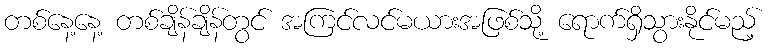
တစ်နေ့နေ့ တစ်ချိန်ချိန်တွင် အကြင်လင်မယားအဖြစ်သို့ ရောက်ရှိသွားနိုင်မည့်